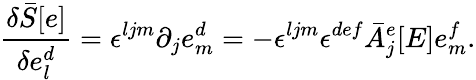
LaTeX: \frac{\delta{\bar{S}}[e]}{\delta e_{l}^{d}}=\epsilon^{ljm}\partial_{j}e_{m}^{d}=-\epsilon^{ljm}\epsilon^{def}{\bar{A}}_{j}^{e}[E]e_{m}^{f}.